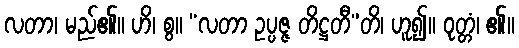
လတာ၊ မည်၏။ ဟိ၊ စွ။ “လတာ ဥပ္ပဇ္ဇ တိဋ္ဌတီ”တိ၊ ဟူ၍။ ဝုတ္တံ၊ ၏။